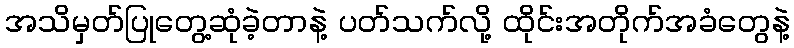
အသိမှတ်ပြုတွေ့ဆုံခဲ့တာနဲ့ ပတ်သက်လို့ ထိုင်းအတိုက်အခံတွေနဲ့